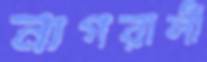
নাগরালী